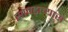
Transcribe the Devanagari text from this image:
सापड्ल्यास